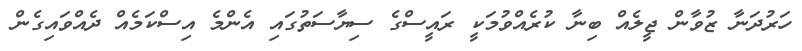
ހަރުދަނާ ޒުވާން ޖީލެއް ބިނާ ކުރެއްވުމަކީ ރައީސްގެ ސިޔާސަތުގައި އެންމެ އިސްކަމެއް ދެއްވައިގެން